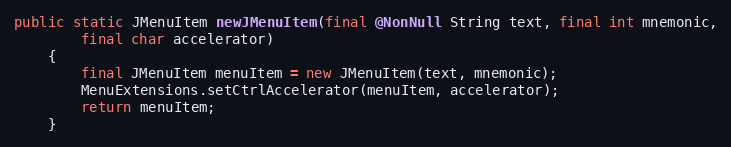
Language: Java
public static JMenuItem newJMenuItem(final @NonNull String text, final int mnemonic,
		final char accelerator)
	{
		final JMenuItem menuItem = new JMenuItem(text, mnemonic);
		MenuExtensions.setCtrlAccelerator(menuItem, accelerator);
		return menuItem;
	}